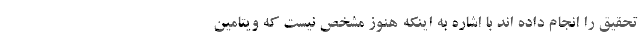
تحقیق را انجام داده اند با اشاره به اینکه هنوز مشخص نیست که ویتامین